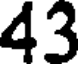
43